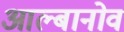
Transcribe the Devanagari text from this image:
आल्बानोव